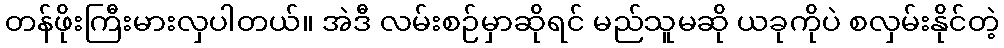
တန်ဖိုးကြီးမားလှပါတယ်။ အဲဒီ လမ်းစဉ်မှာဆိုရင် မည်သူမဆို ယခုကိုပဲ စလှမ်းနိုင်တဲ့